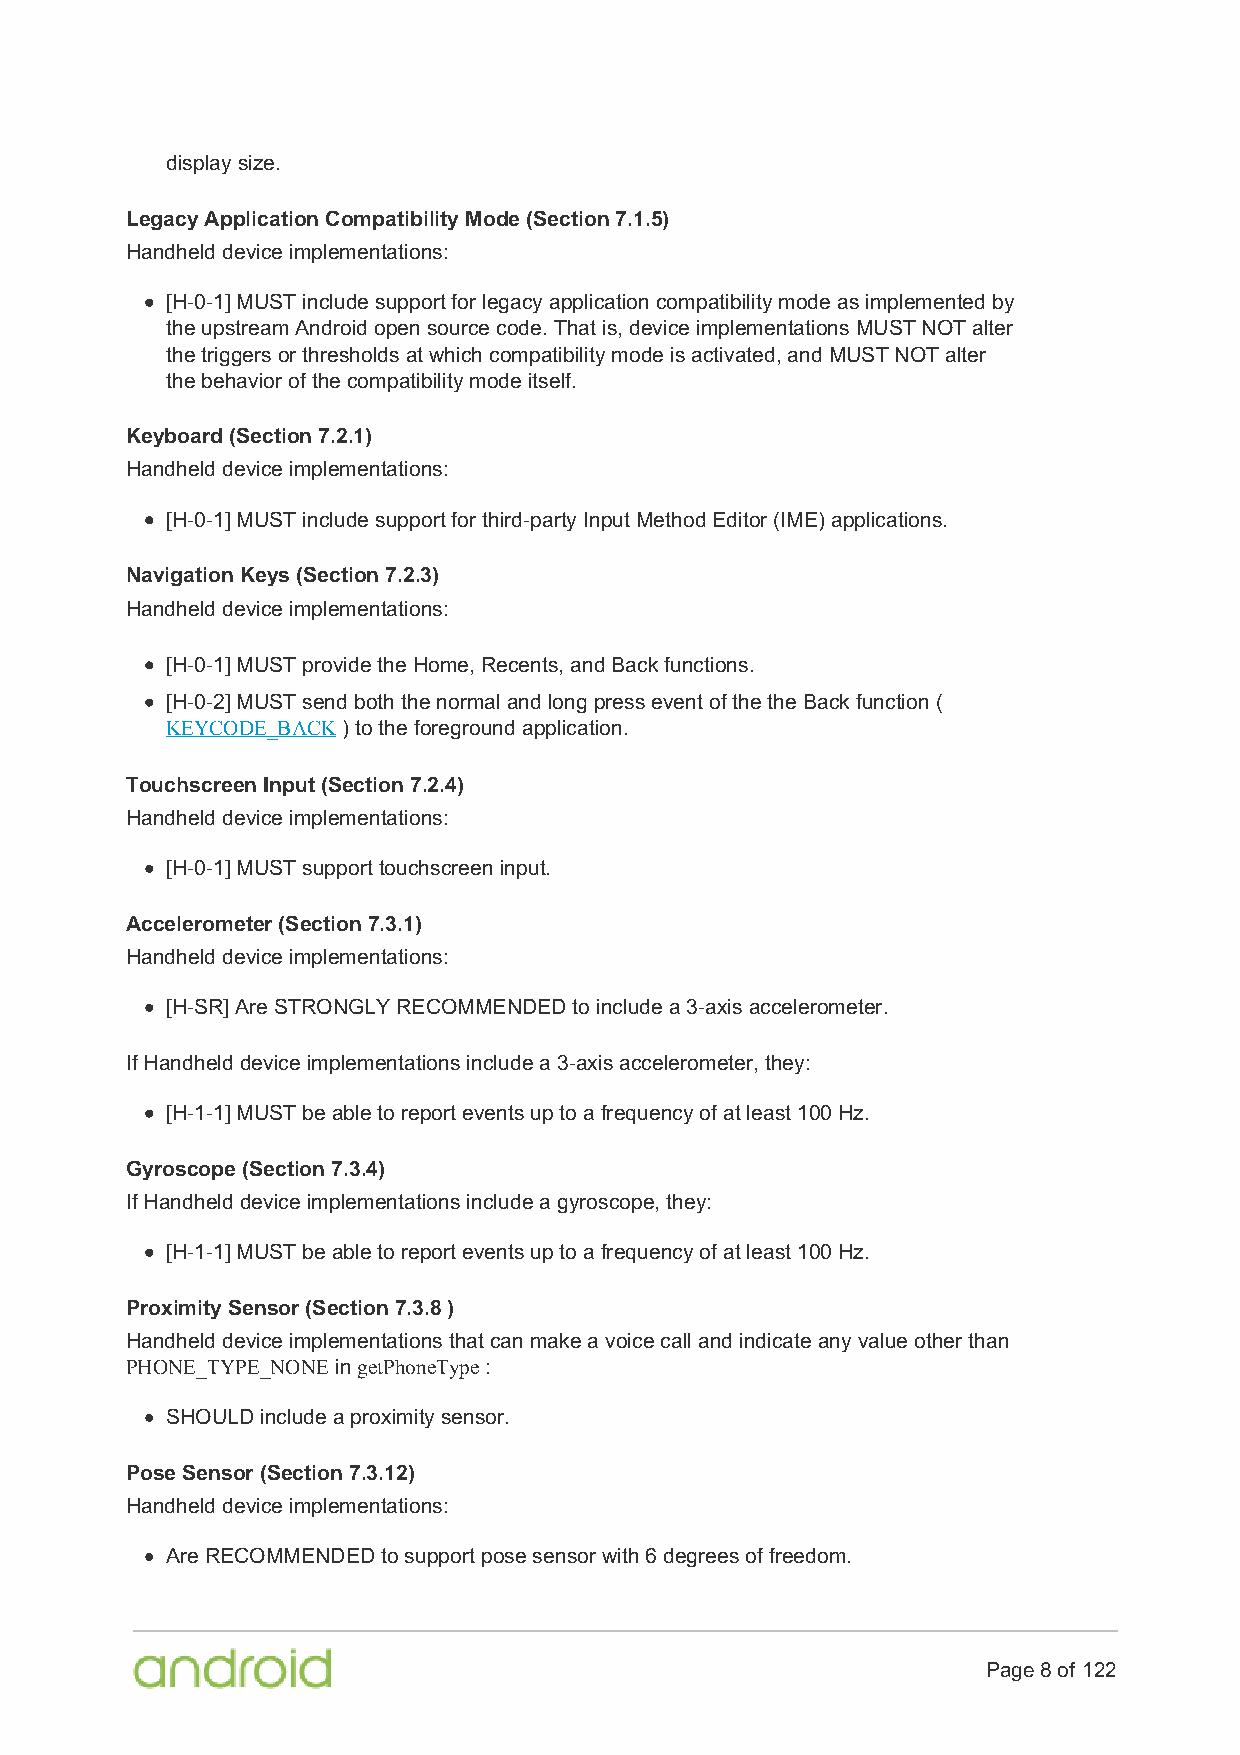
display size.
 Legacy Application Compatibility Mode (Section 7.1.5)
 Handheld device implementations:
 [H-0-1] MUST include support for legacy application compatibility mode as implemented by
 the upstream Android open source code. That is, device implementations MUST NOT alter
 the triggers or thresholds at which compatibility mode is activated, and MUST NOT alter
 the behavior of the compatibility mode itself.
 Keyboard (Section 7.2.1)
 Handheld device implementations:
 [H-0-1] MUST include support for third-party Input Method Editor (IME) applications.
 Navigation Keys (Section 7.2.3)
 Handheld device implementations:
 [H-0-1] MUST provide the Home, Recents, and Back functions.
 [H-0-2] MUST send both the normal and long press event of the the Back function (
 KEYCODE_BACK ) to the foreground application.
 Touchscreen Input (Section 7.2.4)
 Handheld device implementations:
 [H-0-1] MUST support touchscreen input.
 Accelerometer (Section 7.3.1)
 Handheld device implementations:
 [H-SR] Are STRONGLY RECOMMENDED to include a 3-axis accelerometer.
 If Handheld device implementations include a 3-axis accelerometer, they:
 [H-1-1] MUST be able to report events up to a frequency of at least 100 Hz.
 Gyroscope (Section 7.3.4)
 If Handheld device implementations include a gyroscope, they:
 [H-1-1] MUST be able to report events up to a frequency of at least 100 Hz.
 Proximity Sensor (Section 7.3.8 )
 Handheld device implementations that can make a voice call and indicate any value other than
 PHONE_TYPE_NONE in getPhoneType :
 SHOULD include a proximity sensor.
 Pose Sensor (Section 7.3.12)
 Handheld device implementations:
 Are RECOMMENDED to support pose sensor with 6 degrees of freedom.
 Page 8 of 122